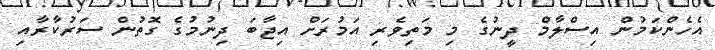
އެހެންކަމުން އިސްލާމް ދީނުގެ މި މަތިވެރި އަމުރަށް އިޖާބަ ދިނުމުގެ ގޮތުން ސަރުކާރާއި